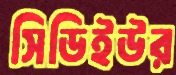
সিডিইউর